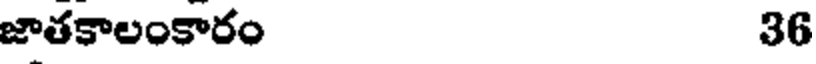
జాతకాలంకారం 36